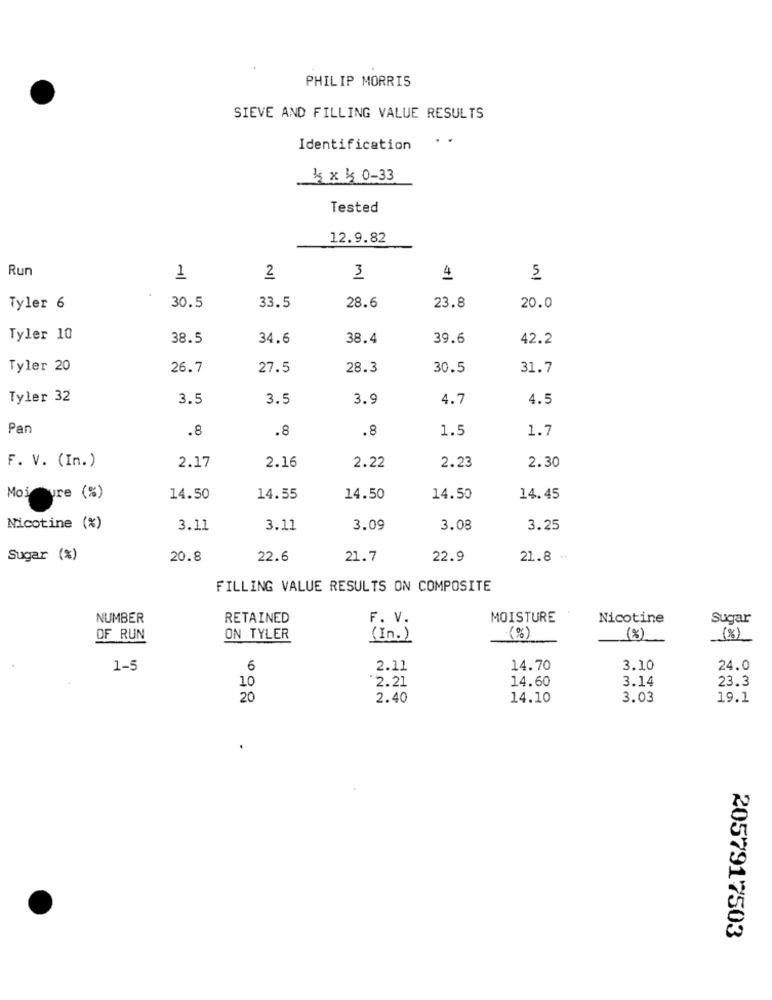
PHILIP MORRIS
SIEVE AND FILLING VALUE RESULTS
Identification
1 x 15 0-33
Tested
12.9.82
Run
1
2
3
4
5
30.5
33.5
Tyler 6
28.6
23.8
20.0
Tyler 10
38.5
34.6
38.4
39.6
42.2
Tyler 20
26.7
27.5
28.3
30.5
31.7
Tyler 32
3.5
3.5
3.9
4.7
4.5
Pan
.8
.8
.8
1.5
1.7
2.16
2.22
2.30
F. V. (In.)
2.17
2.23
Mojeure (%)
14.50
14.55
14.50
14.50
14.45
Nicotine (%)
3.11
3.11
3.09
3.08
3.25
Sugar (%)
20.8
22.6
21.7
22.9
21.8 +
FILLING VALUE RESULTS ON COMPOSITE
NUMBER
RETAINED
F. V.
MOISTURE
Nicotine
Sugar
OF RUN
ON TYLER
( In. )
(%)
(%)
(%)
1-5
6
2.11
14.70
3.10
24.0
2.21
14.60
3.14
23.3
10
20
2.40
14.10
3.03
19.1
2057917503